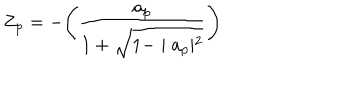
LaTeX: Z _ { p } = - \Biggl ( \frac { a _ { p } } { 1 + \sqrt { 1 - \mid a _ { p } \mid ^ { 2 } } } \Biggr )